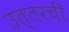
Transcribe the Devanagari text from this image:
उत्तरची